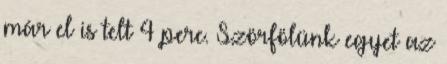
már el is telt 4 perc. Szörfölünk egyet az